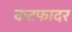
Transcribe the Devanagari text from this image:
कटफादर